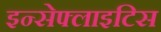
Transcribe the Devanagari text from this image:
इन्सेफ्लाइटिस